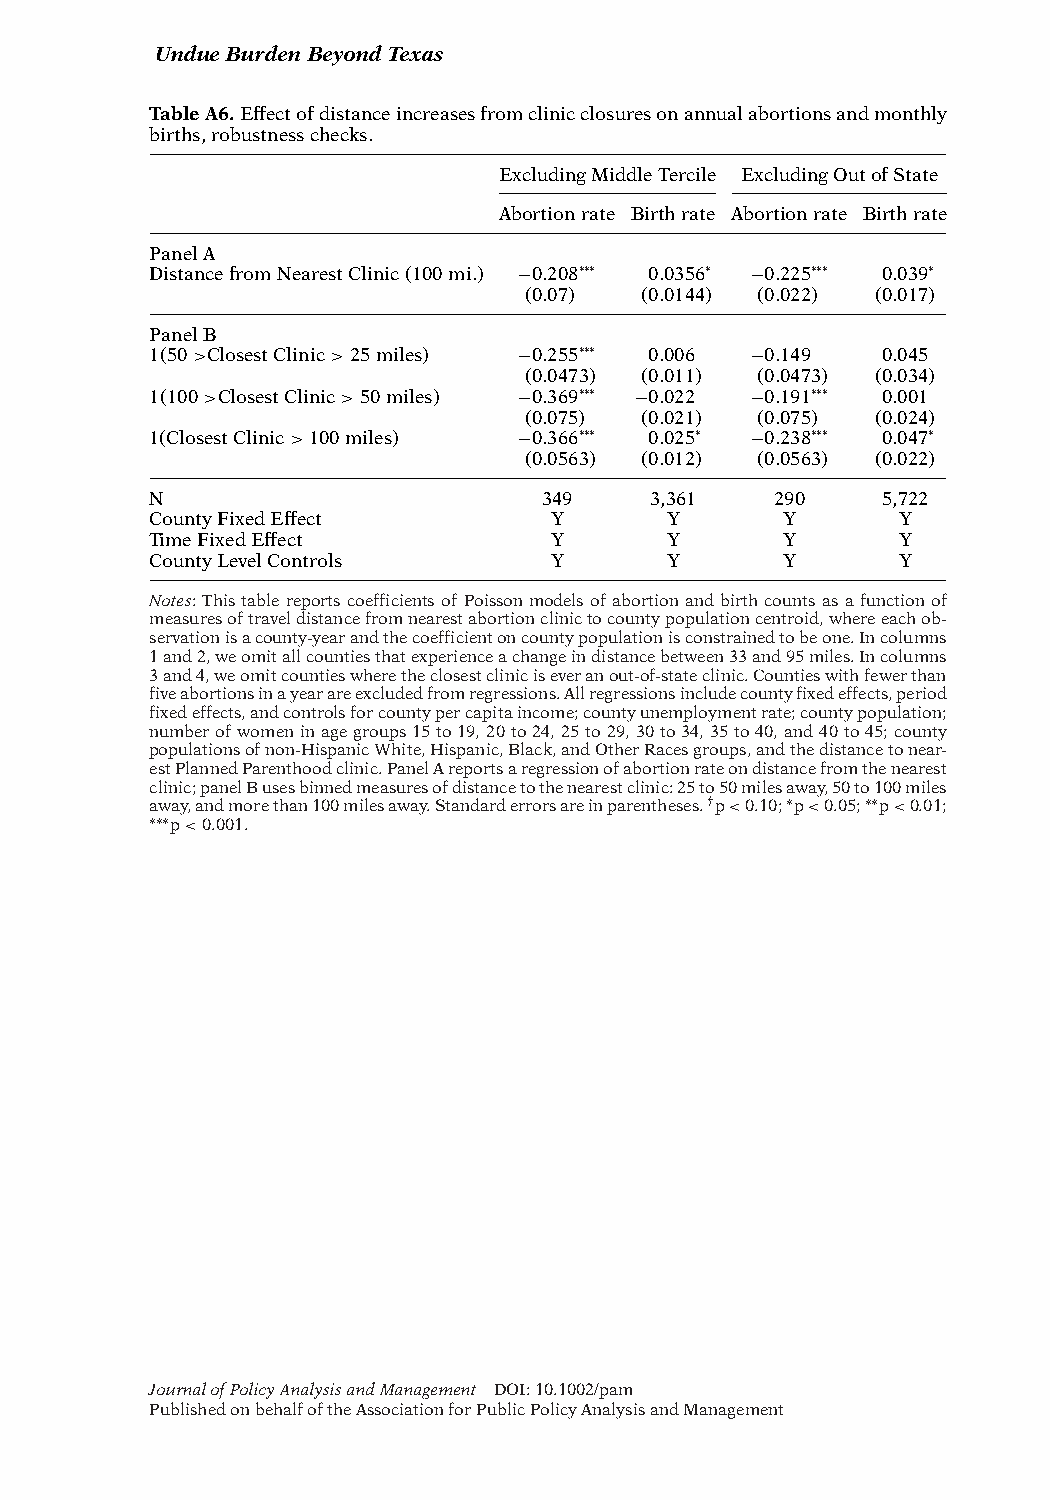
UndueBurdenBeyondTexas
 TableA6.Effectofdistanceincreasesfromclinicclosuresonannualabortionsandmonthly
 births,robustnesschecks.
 ExcludingMiddleTercile ExcludingOutofState
 Abortionrate Birthrate Abortionrate Birthrate
 PanelA
 DistancefromNearestClinic(100mi.) −0.208∗∗∗ 0.0356∗ −0.225∗∗∗ 0.039∗
 (0.07) (0.0144) (0.022) (0.017)
 PanelB
 1(50>ClosestClinic>25miles) −0.255∗∗∗ 0.006 −0.149 0.045
 (0.0473) (0.011) (0.0473) (0.034)
 1(100>ClosestClinic>50miles) −0.369∗∗∗ −0.022 −0.191∗∗∗ 0.001
 (0.075) (0.021) (0.075) (0.024)
 1(ClosestClinic>100miles) −0.366∗∗∗ 0.025∗ −0.238∗∗∗ 0.047∗
 (0.0563) (0.012) (0.0563) (0.022)
 N                         349    3,361   290    5,722
 CountyFixedEffect         Y       Y       Y       Y
 TimeFixedEffect           Y       Y       Y       Y
 CountyLevelControls       Y       Y       Y       Y
 Notes:ThistablereportscoefficientsofPoissonmodelsofabortionandbirthcountsasafunctionof
 measuresoftraveldistancefromnearestabortionclinictocountypopulationcentroid,whereeachob-
 servationisacounty-yearandthecoefficientoncountypopulationisconstrainedtobeone.Incolumns
 1and2,weomitallcountiesthatexperienceachangeindistancebetween33and95miles.Incolumns
 3and4,weomitcountieswheretheclosestcliniciseveranout-of-stateclinic.Countieswithfewerthan
 fiveabortionsinayearareexcludedfromregressions.Allregressionsincludecountyfixedeffects,period
 fixedeffects,andcontrolsforcountypercapitaincome;countyunemploymentrate;countypopulation;
 numberofwomeninagegroups15to19,20to24,25to29,30to34,35to40,and40to45;county
 populationsofnon-HispanicWhite,Hispanic,Black,andOtherRacesgroups,andthedistancetonear-
 estPlannedParenthoodclinic.PanelAreportsaregressionofabortionrateondistancefromthenearest
 clinic;panelBusesbinnedmeasuresofdistancetothenearestclinic:25to50milesaway,50to100miles
 away,andmorethan100milesaway.Standarderrorsareinparentheses.†p<0.10;∗p<0.05;∗∗p<0.01;
 ∗∗∗p<0.001.
 JournalofPolicyAnalysisandManagement DOI:10.1002/pam
 PublishedonbehalfoftheAssociationforPublicPolicyAnalysisandManagement